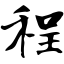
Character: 程